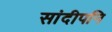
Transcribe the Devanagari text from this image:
सांदीपनि